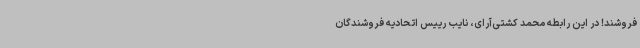
‌فروشند! در این رابطه محمد کشتی‌آرای، نایب رییس اتحادیه فروشندگان